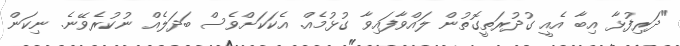
"ދަރިފުޅާ އިބާ އެއީ ގުދުރަތީގޮތުން ލައްވާފައިވާ ގުޅުމެއް. އެކަކަށްވެސް ބަދަލެއް ނުކުރެވޭނެ. ނިކަން